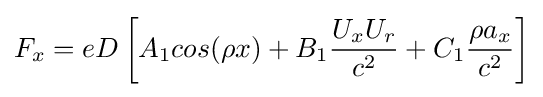
F_{x}=eD\left[A_{1}cos(\rho x)+B_{1}{\frac {U_{x}U_{r}}{c^{2}}}+C_{1}{\frac {\rho a_{x}}{c^{2}}}\right]